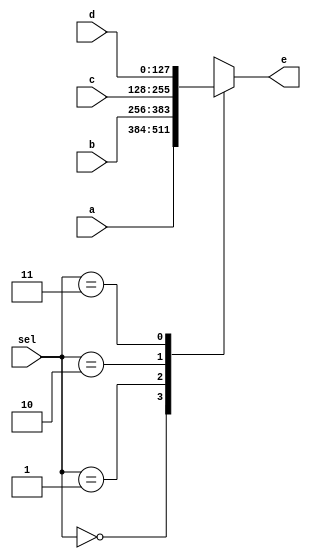
module mux41_128(sel,a,b,c,d,e);

output[127:0] e;
input[127:0] a,b,c,d;
input [1:0] sel;

reg [127:0] e;

always@(sel or a or b or c or d)
      case(sel)
          2'b00: e=a;
          2'b01: e=b;
          2'b10: e=c;
          2'b11: e=d;
      endcase

endmodule